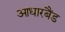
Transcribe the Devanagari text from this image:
आधारबैंड